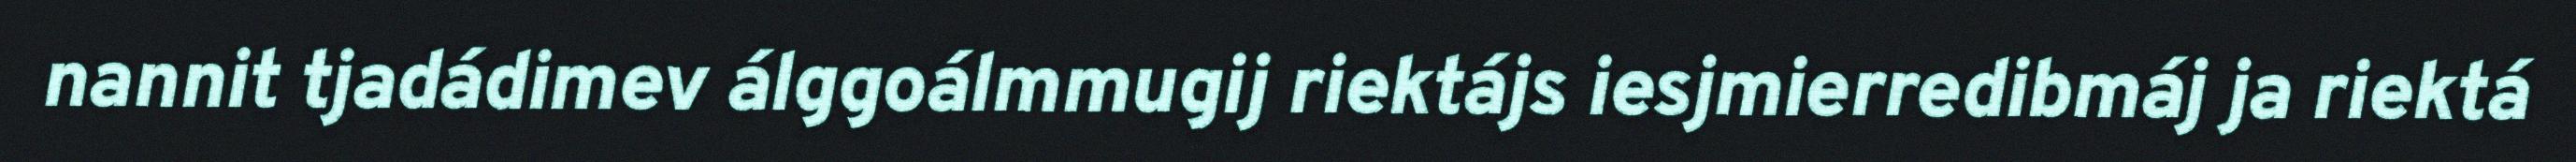
nannit tjadádimev álggoálmmugij riektájs iesjmierredibmáj ja riektá